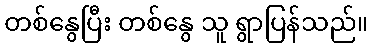
တစ်နွေပြီး တစ်နွေ သူ ရွာပြန်သည်။